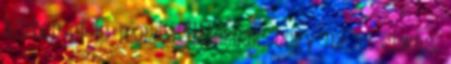
közben el is mondja Iliásznak, hogy mi az etwas.